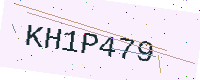
Text: KH1P479